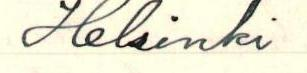
Helsinki